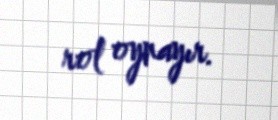
rol oynayır.